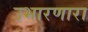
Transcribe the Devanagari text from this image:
उभारणारा